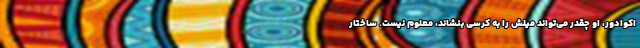
اکوادور، او چقدر می‌تواند میلش را به کرسی بنشاند، معلوم نیست. ساختار